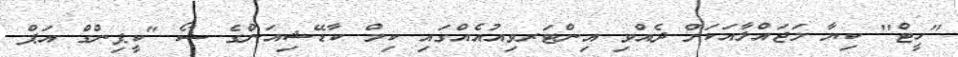
"ހީޓް" ކިޔާ މަޖައްލާއަކަށް ދެއްވި އިންޓަރވިއުއެއްގައި ކިމް ކާޑޭޝިއަންގެ ޝޯ "ކީޕިންގް އަޕް